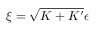
\xi = \sqrt { K + K ^ { \prime } } \epsilon